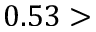
0 . 5 3 >